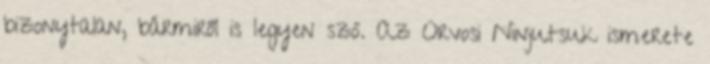
bizonytalan, bármiről is legyen szó. Az Orvosi Ninjutsuk ismerete